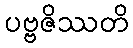
ပဗ္ဗဇိဿတိ